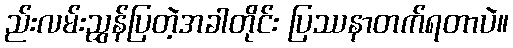
ည်းလမ်းညွှန်ပြတဲ့အခါတိုင်း ပြဿနာတက်ရတာပဲ။